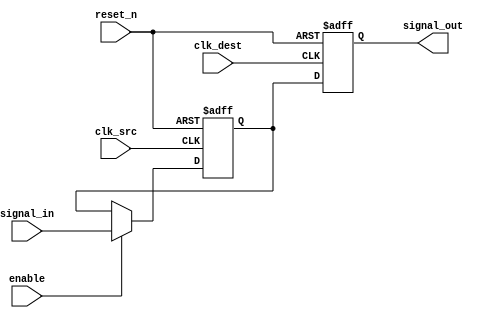
module signal_crossing_synchronizer #(
    parameter WIDTH = 1  // Data width of the signal to be synchronized
)(
    input  wire           clk_src,       // Source clock signal
    input  wire           clk_dest,      // Destination clock signal
    input  wire           reset_n,       // Active low asynchronous reset
    input  wire [WIDTH-1:0] signal_in,   // Input signal from source clock domain
    output reg  [WIDTH-1:0] signal_out,  // Synchronized output signal in destination clock domain
    input  wire           enable          // Optional enable signal
);

    // Internal signals for the dual flip-flop synchronizer
    reg [WIDTH-1:0] sync_ff1; // First flip-flop in the source clock domain
    reg [WIDTH-1:0] sync_ff2; // Second flip-flop in the destination clock domain

    // First stage: Capture the incoming signal on the source clock edge
    always @(posedge clk_src or negedge reset_n) begin
        if (!reset_n) begin
            sync_ff1 <= {WIDTH{1'b0}}; // Initialize to known state
        end else if (enable) begin
            sync_ff1 <= signal_in; // Capture the input signal
        end
    end

    // Second stage: Capture the output of the first flip-flop on the destination clock edge
    always @(posedge clk_dest or negedge reset_n) begin
        if (!reset_n) begin
            signal_out <= {WIDTH{1'b0}}; // Initialize to known state
        end else begin
            signal_out <= sync_ff1; // Transfer the synchronized signal
        end
    end

endmodule